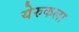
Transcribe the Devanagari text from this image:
येरुकला